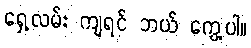
ရှေ့လမ်း ကျရင် ဘယ် ကွေ့ပါ။